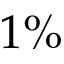
1 \%